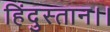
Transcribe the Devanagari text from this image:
हिंदुस्तान।।